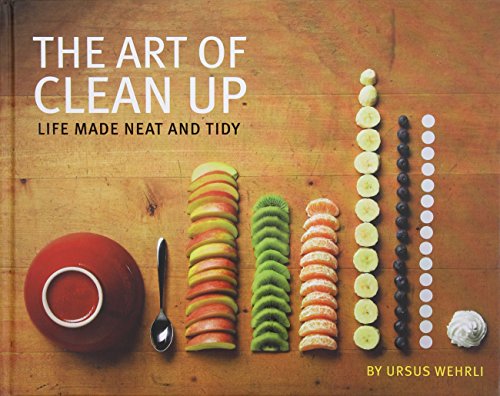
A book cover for The Art of Clean Up: Life Made Neat and Tidy; Ursus Wehrli; Arts & Photography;